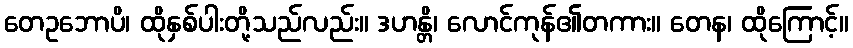
တေဥဘောပိ၊ ထိုနှစ်ပါးတို့သည်လည်း။ ဒဟန္တိ၊ လောင်ကုန်၏တကား။ တေန၊ ထိုကြောင့်။